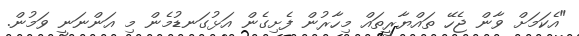
"އެކަމަށް ވާން ޖެހޭ ތައްޔާރީތައް މިހާރުން ފެށިގެން އަޅުގަނޑުމެން މި އަންނަނީ ވަމުން.